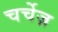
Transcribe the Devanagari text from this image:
चर्चेज़